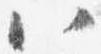
八